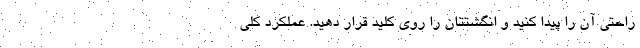
‌راحتی آن را پیدا کنید و انگشتتان را روی کلید قرار دهید. عملکرد کلی